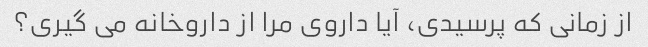
از زمانی که پرسیدی، آیا داروی مرا از داروخانه می گیری؟